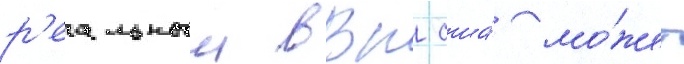
р'еальныи ввп сша́ мо́жет